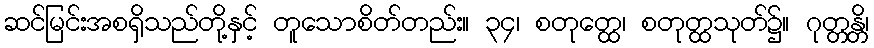
ဆင်မြင်းအစရှိသည်တို့နှင့် တူသောစိတ်တည်း။ ၃၄၊ စတုတ္ထေ၊ စတုတ္ထသုတ်၌။ ဂုတ္တန္တိ၊